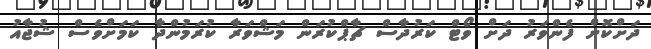
ދަށްކޮށް ފެންވަރު ދަށް ވޯޓް ކަރުދާސް ޗާޕްކުރަން މަޝްވަރާ ކުރަމުންދާ ކަމަށްވެސް ޝުޖާއު